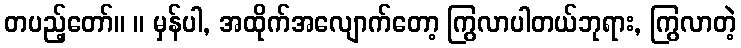
တပည့်တော်။ ။ မှန်ပါ, အထိုက်အလျောက်တော့ ကြွလာပါတယ်ဘုရား, ကြွလာတဲ့